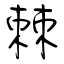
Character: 棘